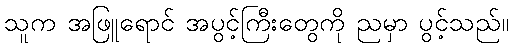
သူက အဖြူရောင် အပွင့်ကြီးတွေကို ညမှာ ပွင့်သည်။